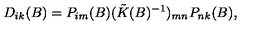
D _ { i k } ( B ) = P _ { i m } ( B ) ( \tilde { K } ( B ) ^ { - 1 } ) _ { m n } P _ { n k } ( B ) ,